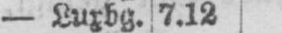
- Luxbg. 7.12